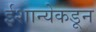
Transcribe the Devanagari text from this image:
ईशान्येकडून